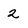
Character: 2